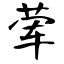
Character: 荤